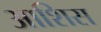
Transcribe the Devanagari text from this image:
आशिस